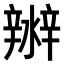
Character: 𤀲